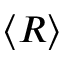
\langle R \rangle